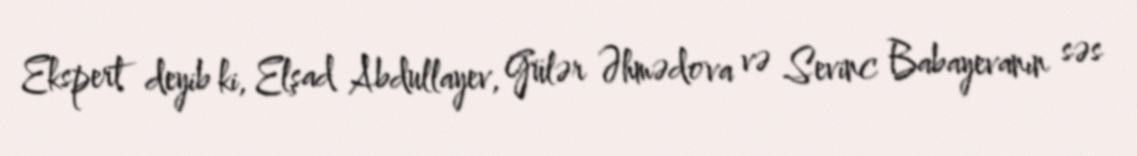
Ekspert deyib ki, Elşad Abdullayev, Gülər Əhmədova və Sevinc Babayevanın səs